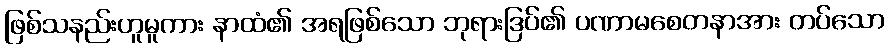
ဖြစ်သနည်းဟူမူကား နာထံ၏ အရဖြစ်သော ဘုရားဒြပ်၏ ပဏာမစေတနာအား တပ်သော